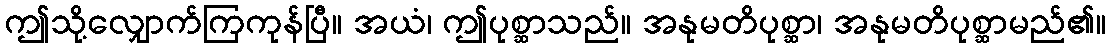
ဤသို့လျှောက်ကြကုန်ပြီ။ အယံ၊ ဤပုစ္ဆာသည်။ အနုမတိပုစ္ဆာ၊ အနုမတိပုစ္ဆာမည်၏။